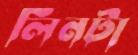
লিনটা